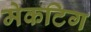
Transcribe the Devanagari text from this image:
मेकटिग